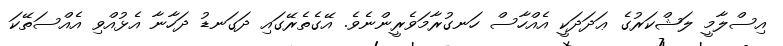
އިސްލާމީ ލަޝްކަރުގެ ޢަދަދަކީ އެއްހާސް ހަނގުރާމަވެރީންނެވެ. އޭގެތެރޭގައި ދަގަނޑު ދަހާނާ އެޅުއްވި އެއްސަތޭކަ